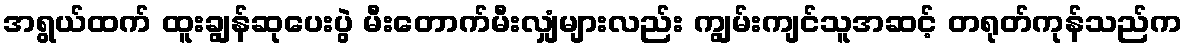
အရွယ်ထက် ထူးချွန်ဆုပေးပွဲ မီးတောက်မီးလျှံများလည်း ကျွမ်းကျင်သူအဆင့် တရုတ်ကုန်သည်က